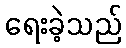
ရေးခဲ့သည်